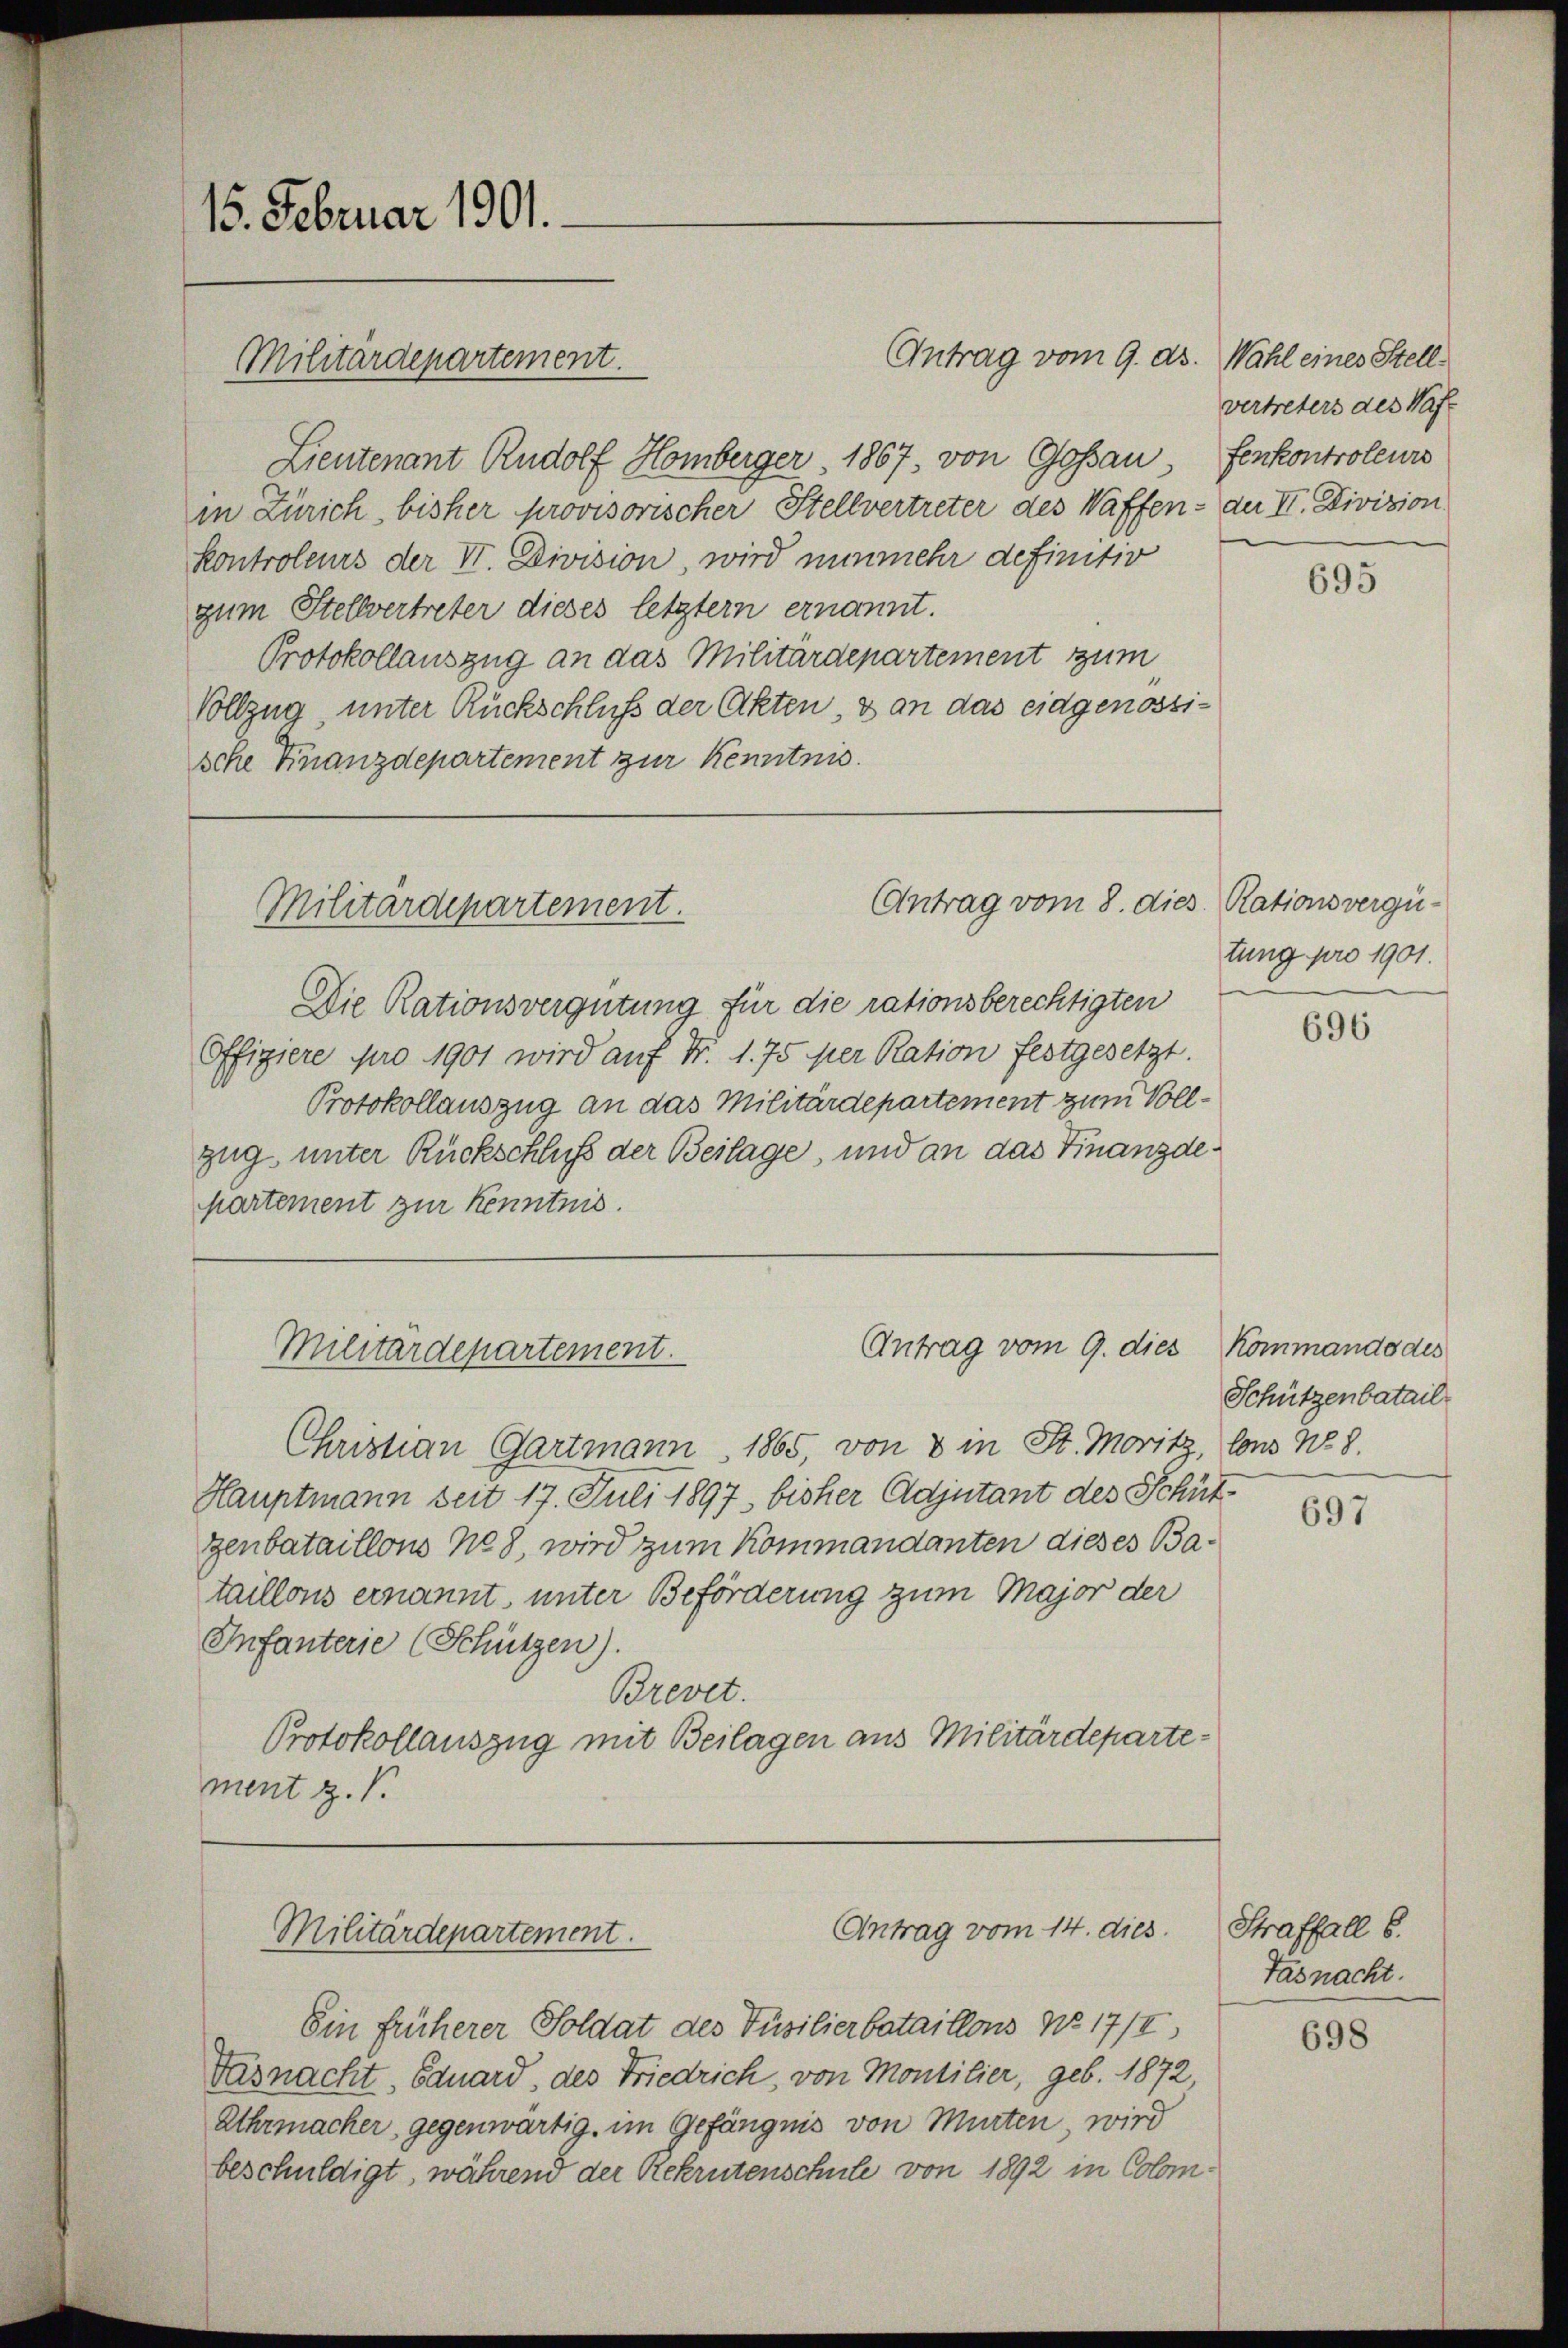
15. Februar 1901.

Antrag vom 9. ds. Wahl eines Stell¬
Lieutenant Rudolf Homberger 1867, von Goßau senkontroleurs
in Zürich, bisher provisorischer Stellvertreter des Waffen - der II. Division
kontroleurs der VI. Division, wird nunmehr definitiv
zum Stellvertreter dieses letztern ernannt.
Protokollauszug an das Militärdepartement zum
Vollzug, unter Rückschluß der Akten, & an das eidgenossische Finanzdepartement zur Kenntnis.

Militärdepartement.

Antrag vom 8. dies Rationsvergü¬
Militärdepartement.

Antrag vom 9. dies Kommando des
Militärdepartement.

Antrag vom 14. dies. Straffall 8.
Militärdepartement.

Die Rationsvergütung für die rationsberechtigten
Offiziere pro 1901 wird auf Fr. 1. 75 per Ration festgesetzt.
Protokollauszug an das Militärdepartement zum Vollzug unter Rückschluß der Beilage, und an das Finanzdepartement zur Kenntnis.

Christian Gartmann, 1865, von 8 in St. Moritz, Cons No. 8.
Hauptmann seit 17. Juli 1897 bisher Adjutant des Schütgenbataillons No 8, wird zum Kommandanten dieses Bataillons ernannt, unter Beförderung zum Major der
Infanterie (Schützen).
Brevet.
Protokollauszug mit Beilagen aus Militärdepartement z. B.

Ein früherer Soldat des Füsilierbataillons No 17/I,
Vasnacht, Eduard, des Friedrich, von Montilier, geb. 1872,
Uhrmacher, gegenwärtig, im Gefängnis von Murten, wird
beschuldigt, während der Rekrutenschule von 1892 in Colom¬

vertreters des Waf

695

tung pro 1901.

696

Schützenbatail

697

Tasnacht.

698